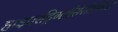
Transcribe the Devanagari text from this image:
हाइपरट्रिग्लीसेरीडेमिया